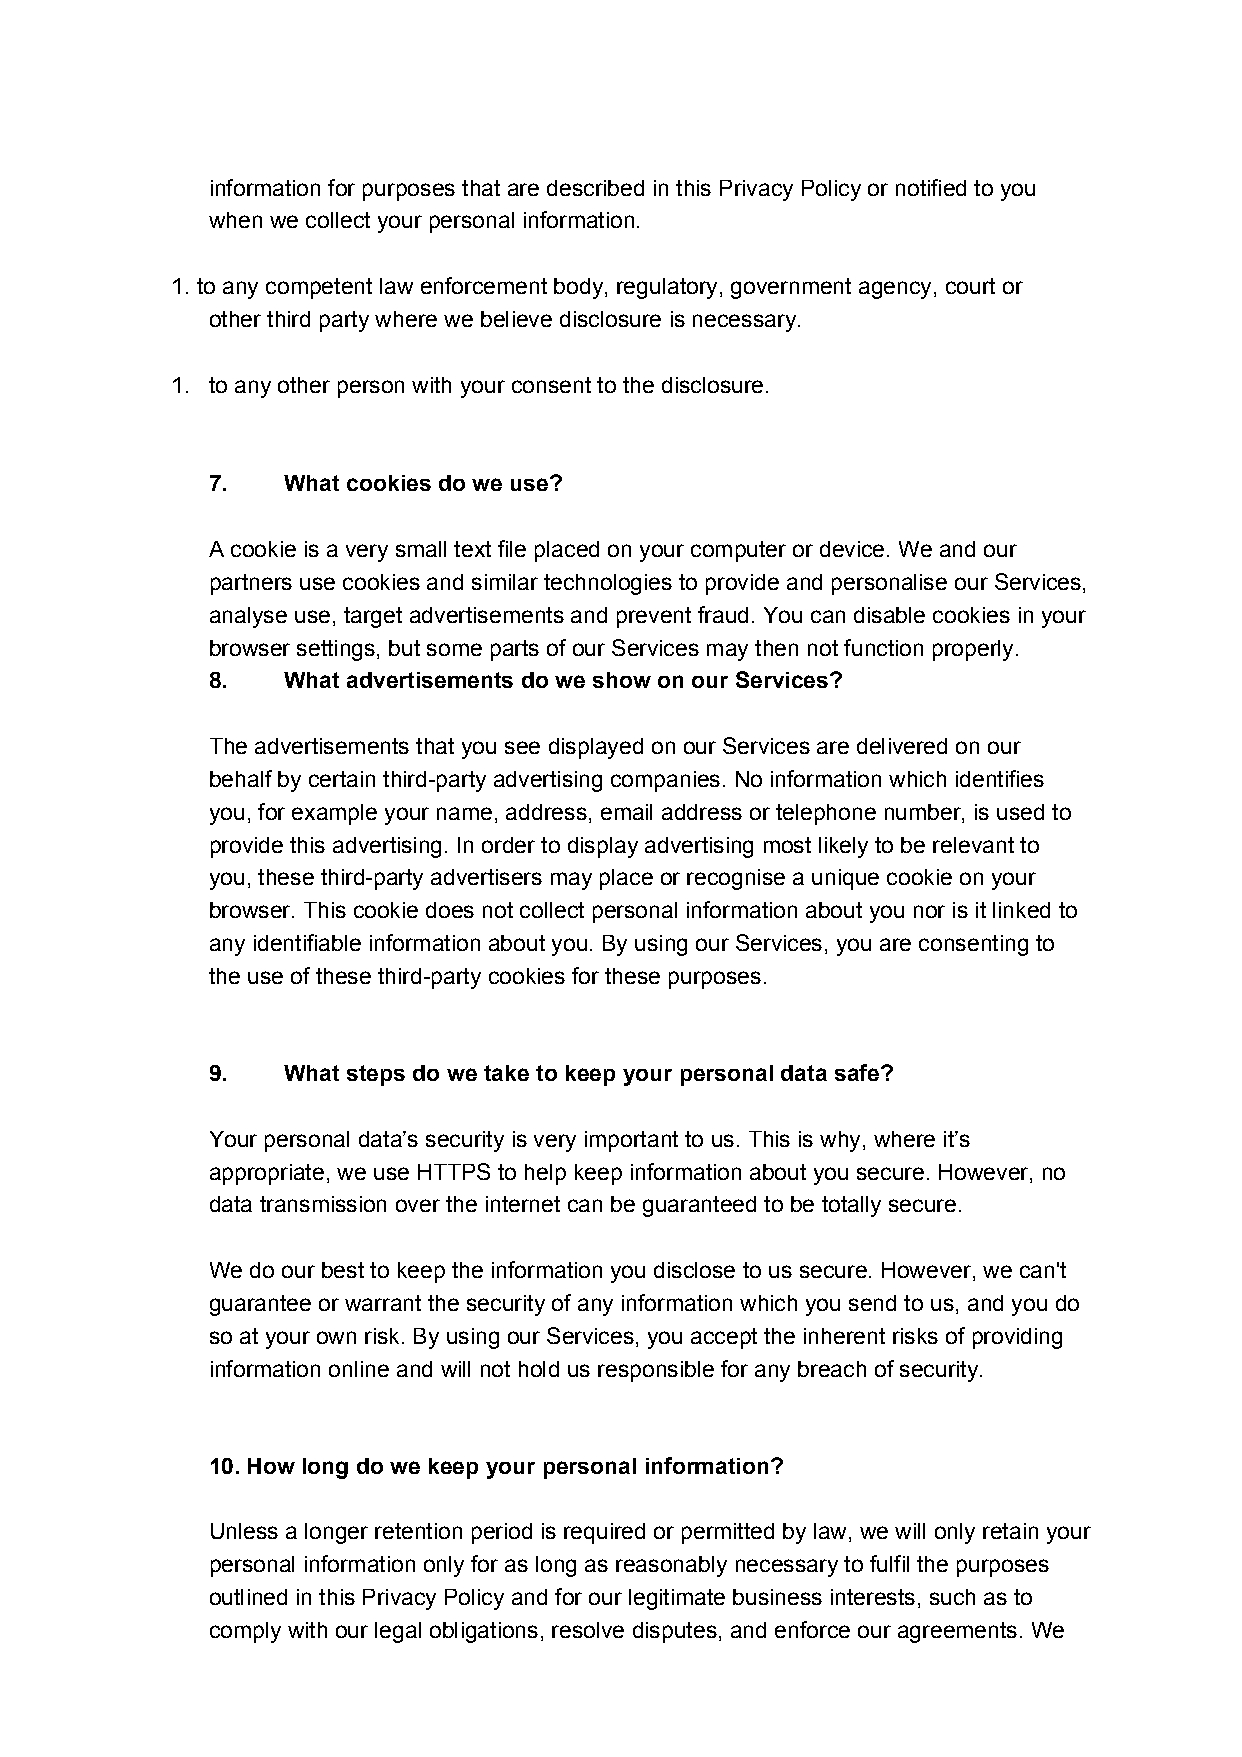
information for purposes that are described in this Privacy Policy or notified to you
 when we collect your personal information.
 1. to any competent law enforcement body, regulatory, government agency, court or
 other third party where we believe disclosure is necessary.
 1. to any other person with your consent to the disclosure.
 7.   What cookies do we use?
 A cookie is a very small text file placed on your computer or device. We and our
 partners use cookies and similar technologies to provide and personalise our Services,
 analyse use, target advertisements and prevent fraud. You can disable cookies in your
 browser settings, but some parts of our Services may then not function properly.
 8.   What advertisements do we show on our Services?
 The advertisements that you see displayed on our Services are delivered on our
 behalf by certain third-party advertising companies. No information which identifies
 you, for example your name, address, email address or telephone number, is used to
 provide this advertising. In order to display advertising most likely to be relevant to
 you, these third-party advertisers may place or recognise a unique cookie on your
 browser. This cookie does not collect personal information about you nor is it linked to
 any identifiable information about you. By using our Services, you are consenting to
 the use of these third-party cookies for these purposes.
 9.   What steps do we take to keep your personal data safe?
 Your personal data’s security is very important to us. This is why, where it’s
 appropriate, we use HTTPS to help keep information about you secure. However, no
 data transmission over the internet can be guaranteed to be totally secure.
 We do our best to keep the information you disclose to us secure. However, we can't
 guarantee or warrant the security of any information which you send to us, and you do
 so at your own risk. By using our Services, you accept the inherent risks of providing
 information online and will not hold us responsible for any breach of security.
 10.How long do we keep your personal information?
 Unless a longer retention period is required or permitted by law, we will only retain your
 personal information only for as long as reasonably necessary to fulfil the purposes
 outlined in this Privacy Policy and for our legitimate business interests, such as to
 comply with our legal obligations, resolve disputes, and enforce our agreements. We